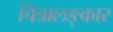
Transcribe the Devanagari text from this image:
चित्रालङ्कार